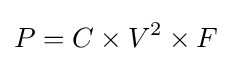
P=C\times V^{2}\times F